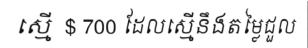
ស្មើ  $ 700 ដែលស្មើនឹងតម្លៃជួល